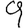
Digit: 9